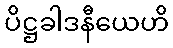
ပိဋ္ဌခါဒနီယေဟိ